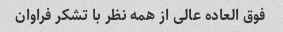
فوق العاده عالی از همه نظر با تشکر فراوان